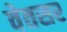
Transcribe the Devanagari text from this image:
वेतसर